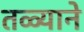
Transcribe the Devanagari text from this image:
तळ्याने